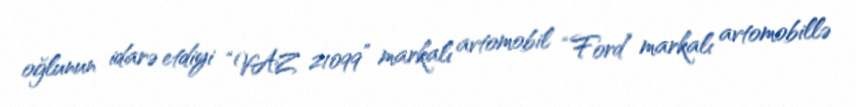
oğlunun idarə etdiyi “VAZ 21099” markalı avtomobil “Ford” markalı avtomobillə